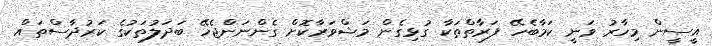
އީސީން މިހާރު ވަނީ ކަމާބެހޭ ފަރާތްތަކާ ގުޅިގެން މަޝްވަރާކޮށް ގެންނަންޖެހޭ ބަދަލުތަކުގެ ކަރުދާސްތައް